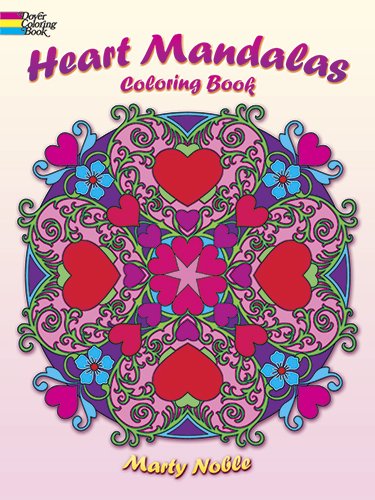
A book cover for Heart Mandalas Coloring Book (Dover Coloring Books); Marty Noble; Self-Help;